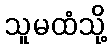
သူမထံသို့